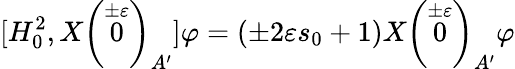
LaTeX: [H_{0}^{2},X\left(\stackrel{\pm\varepsilon}{0}\right)_{A^{\prime}}]\varphi=(\pm 2\varepsilon s_{0}+1)X\left(\stackrel{\pm\varepsilon}{0}\right)_{A^{\prime}}\varphi